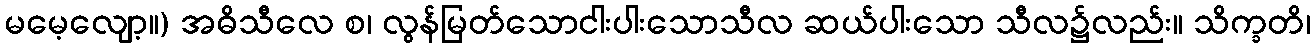
မမေ့လျော့။) အဓိသီလေ စ၊ လွန်မြတ်သောငါးပါးသောသီလ ဆယ်ပါးသော သီလ၌လည်း။ သိက္ခတိ၊